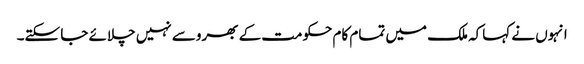
انہوں نے کہاکہ ملک میں تمام کام حکومت کے بھروسے نہیں چلائے جا سکتے۔